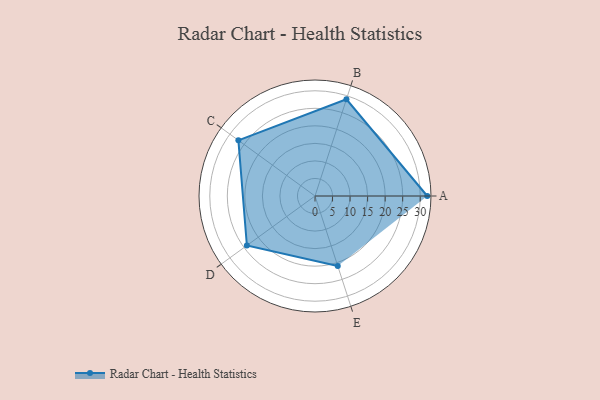
{"axis": {"x": "Skill", "y": "Score"}, "legend": ["Profile"], "data": [{"x": "A", "y": 32.0, "type": "Profile"}, {"x": "B", "y": 29.0, "type": "Profile"}, {"x": "C", "y": 27.0, "type": "Profile"}, {"x": "D", "y": 24.0, "type": "Profile"}, {"x": "E", "y": 21.0, "type": "Profile"}]}